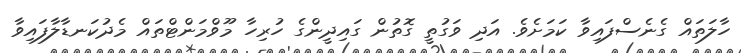
ހާލަތައް ގެނެސްފައިވާ ކަމަށެވެ. އަދި ވަގުތީ ގޮތުން ގައިދީންގެ ހުރިހާ މޫވްމަންޓްތައް މެދުކަނޑާލާފައިވާ